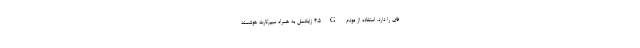
فای را دارد. استفاده از مودم 4.5G زایکسل به همراه سیم‌کارت هوشمند